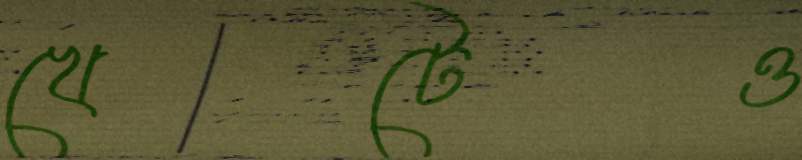
খেটেও